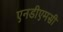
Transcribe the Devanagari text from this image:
एनडीएमसी